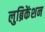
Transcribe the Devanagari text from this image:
लुब्रिकेंशन